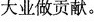
大业做贡献。